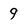
Character: 9